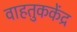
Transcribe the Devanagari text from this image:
वाहतुककेंद्र